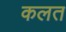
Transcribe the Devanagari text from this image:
कलत